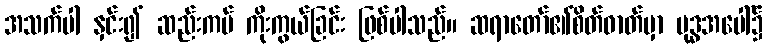
အသက်ပါ နှင်း၍ ဆည်းကပ် ကိုးကွယ်ခြင်း ဖြစ်ပါသည်။ ဆရာတော်၏စိတ်ဓာတ်မှာ ဗုဒ္ဓအပေါ်၌